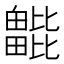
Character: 𣬖